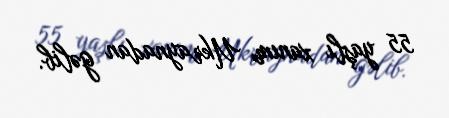
55 yaşlı xanım Ukraynadan gəlib.